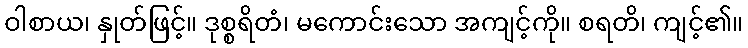
ဝါစာယ၊ နှုတ်ဖြင့်။ ဒုစ္စရိတံ၊ မကောင်းသော အကျင့်ကို။ စရတိ၊ ကျင့်၏။